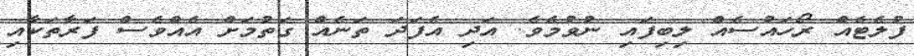
ފުލެޓެއް ރޯހައުސެއް ލިބިފައި ނުވުމެވެ. އަދި އެފަދަ ތަނެއް ގަތުމަށް އެއްވެސް ފަރާތަކާއި